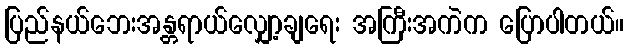
ပြည်နယ်ဘေးအန္တရာယ်လျှော့ချရေး အကြီးအကဲက ပြောပါတယ်။